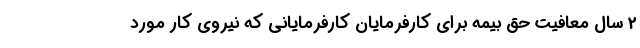
2 سال معافیت حق بیمه برای کارفرمایان کارفرمایانی که نیروی کار مورد